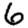
Digit: 6